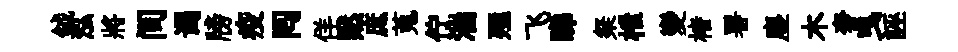
鉞泓將间谒牓疫囘佯黙庶蒐佇湍殛飞睇粲枻變楮署塵木奢曳誣